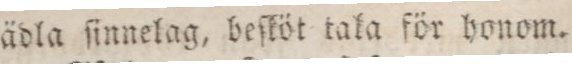
ädla ſinnelag, beſköt tala för honom.